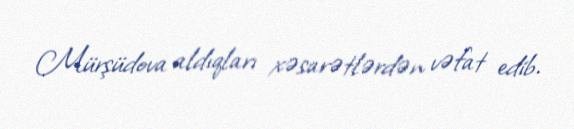
Mürşüdova aldıqları xəsarətlərdən vəfat edib.